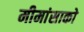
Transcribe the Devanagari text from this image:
मीमांसाकाे